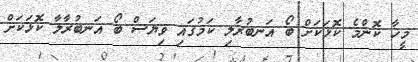
މީހާ ކޮންމެ ކޮޅަކަށް ބޯ އަނބުރާލި ކަމުގައި ވިޔަސް ބޯ އަނބުރާލާ ކޮޅަކަށް